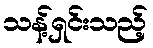
သန့်ရှင်းသည့်